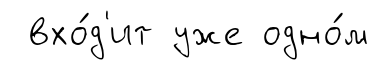
вхо́д'ит уже одно́м